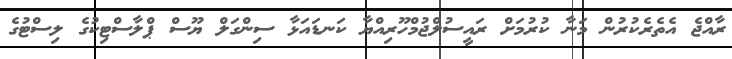
ރާއްޖެ އެތެރެކުރުން މަނާ ކުރުމަށް ރައީސުލްޖުމްހޫރިއްޔާ ކަނޑައަޅާ ސިންގަލް ޔޫސް ޕްލާސްޓިކުގެ ލިސްޓުގެ